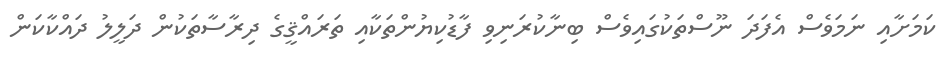
ކަމަށާއި ނަމަވެސް އެފަދަ ނޫސްތަކުގައިވެސް ބިނާކުރަނިވި ފާޑުކިޔުންތަކާއި ތަރައްޤީގެ ދިރާސާތަކުން ދަލީލު ދައްކާކަން